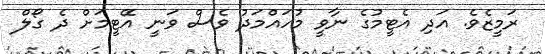
ރަމީޒެވެ. އަދި އެޓީމުގެ ނާވީ މުހައްމަދު ވެސް ވަނީ އޭޓީމަށް ދެ ގޯލް